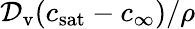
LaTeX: {\cal D}_{\mathrm{v}}(c_{\mathrm{sat}}-c_{\infty})/\rho